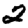
Digit: 2